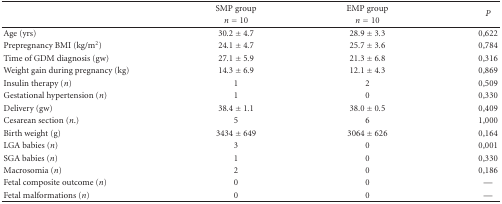
|  | SMP group | EMP group | <ROWSPAN=2> P |
 |  | n = 10 | n = 10 |
 | --- | --- | --- | --- |
 | Age (yrs) | 30.2 ± 4.7 | 28.9 ± 3.3 | 0,622 |
 | Prepregnancy BMI (kg/m2) | 24.1 ± 4.7 | 25.7 ± 3.6 | 0,784 |
 | Time of GDM diagnosis (gw) | 27.1 ± 5.9 | 21.3 ± 6.8 | 0,316 |
 | Weight gain during pregnancy (kg) | 14.3 ± 6.9 | 12.1 ± 4.3 | 0,869 |
 | Insulin therapy (n) | 1 | 2 | 0,509 |
 | Gestational hypertension (n) | 1 | 0 | 0,330 |
 | Delivery (gw) | 38.4 ± 1.1 | 38.0 ± 0.5 | 0,409 |
 | Cesarean section (n.) | 5 | 6 | 1,000 |
 | Birth weight (g) | 3434 ± 649 | 3064 ± 626 | 0,164 |
 | LGA babies (n) | 3 | 0 | 0,001 |
 | SGA babies (n) | 1 | 0 | 0,330 |
 | Macrosomia (n) | 2 | 0 | 0,186 |
 | Fetal composite outcome (n) | 0 | 0 | — |
 | Fetal malformations (n) | 0 | 0 | — |